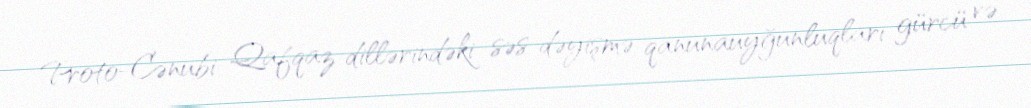
Proto-Cənubi Qafqaz dillərindəki səs dəyişmə qanunauyğunluqları gürcü və